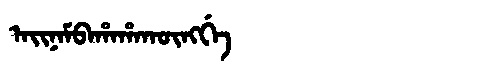
Manchu: ᠠᡳᠨᠠᠮᠪᠠᡥᠠᡥᠠᡴᡡᠩᡤᡝ
Romanization: AINAMBAHAHAKŪNGGE